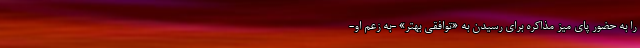
را به حضور پای میز مذاکره برای رسیدن به «توافقی بهتر» -به زعم او-